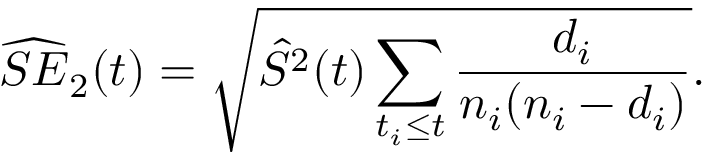
\widehat { S E } _ { 2 } ( t ) = \sqrt { \hat { S } ^ { 2 } ( t ) \sum _ { t _ { i } \leq t } \frac { d _ { i } } { n _ { i } ( n _ { i } - d _ { i } ) } } .